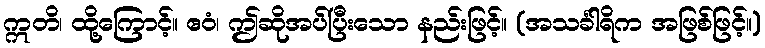
ဣတိ၊ ထို့ကြောင့်။ ဧဝံ၊ ဤဆိုအပ်ပြီးသော နည်းဖြင့်။ (အသင်္ခါရိက အဖြစ်ဖြင့်။)